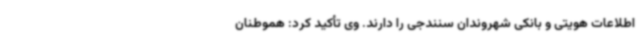
اطلاعات هویتی و بانکی شهروندان سنندجی را دارند. وی تأکید کرد: هموطنان